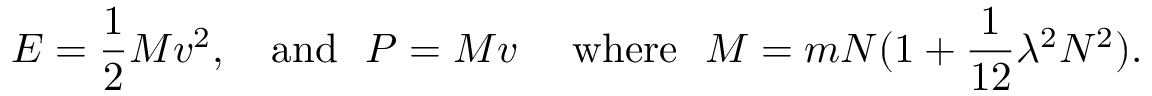
E = { \frac { 1 } { 2 } } M v ^ { 2 } , \ \ \ \mathrm { a n d } \ \ P = M v \ \ \ \ \mathrm { w h e r e } \ \ M = m N ( 1 + { \frac { 1 } { 1 2 } } \lambda ^ { 2 } N ^ { 2 } ) .